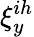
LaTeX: \xi_{y}^{ih}